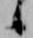
候